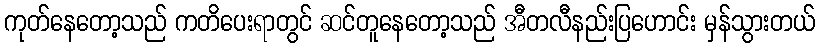
ကုတ်နေတော့သည် ကတိပေးရာတွင် ဆင်တူနေတော့သည် အီတလီနည်းပြဟောင်း မှန်သွားတယ်